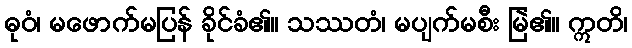
ဓုဝံ၊ မဖောက်မပြန် ခိုင်ခံ၏။ သဿတံ၊ မပျက်မစီး မြဲ၏။ ဣတိ၊